Rangoon Lunatic Asylum 1893-1897 - 1893-1897
Year: 1893
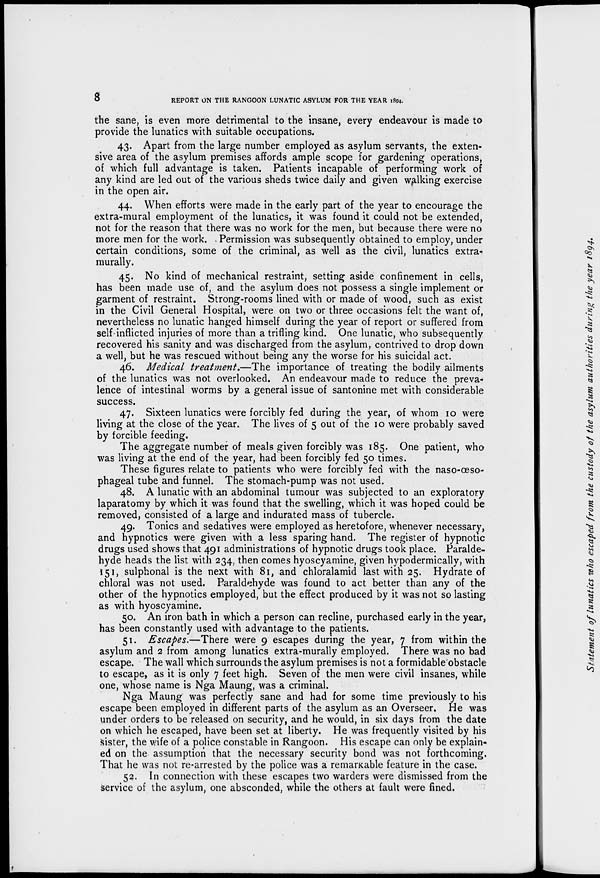
8
REPORT ON THE RANGOON LUNATIC ASYLUM FOR THE YEAR 1894.
the sane, is even more detrimental to the insane, every endeavour is made to
provide the lunatics with suitable occupations.
43. Apart from the large number employed as asylum servants, the exten-
sive area of the asylum premises affords ample scope for gardening operations,
of which full advantage is taken. Patients incapable of performing work of
any kind are led out of the various sheds twice daily and given walking exercise
in the open air.
44. When efforts were made in the early part of the year to encourage the
extra-mural employment of the lunatics, it was found it could not be extended,
not for the reason that there was no work for the men, but because there were no
more men for the work. Permission was subsequently obtained to employ, under
certain conditions, some of the criminal, as well as the civil, lunatics extra-
murally.
45. No kind of mechanical restraint, setting aside confinement in cells,
has been made use of, and the asylum does not possess a single implement or
garment of restraint. Strong-rooms lined with or made of wood, such as exist
in the Civil General Hospital, were on two or three occasions felt the want of,
nevertheless no lunatic hanged himself during the year of report or suffered from
self-inflicted injuries of more than a trifling kind. One lunatic, who subsequently
recovered his sanity and was discharged from the asylum, contrived to drop down
a well, but he was rescued without being any the worse for his suicidal act.
46. Medical treatment.—The importance of treating the bodily ailments
of the lunatics was not overlooked. An endeavour made to reduce the preva-
lence of intestinal worms by a general issue of santonine met with considerable
success.
47. Sixteen lunatics were forcibly fed during the year, of whom 10 were
living at the close of the year. The lives of 5 out of the 10 were probably saved
by forcible feeding.
The aggregate number of meals given forcibly was 185. One patient, who
was living at the end of the year, had been forcibly fed 50 times.
These figures relate to patients who were forcibly fed with the naso-œso-
phageal tube and funnel. The stomach-pump was not used.
48. A lunatic with an abdominal tumour was subjected to an exploratory
laparatomy by which it was found that the swelling, which it was hoped could be
removed, consisted of a large and indurated mass of tubercle.
49. Tonics and sedatives were employed as heretofore, whenever necessary,
and hypnotics were given with a less sparing hand. The register of hypnotic
drugs used shows that 491 administrations of hypnotic drugs took place. Paralde-
hyde heads the list with 234, then comes hyoscyamine, given hypodermically, with
151, sulphonal is the next with 81, and chloralamid last with 25. Hydrate of
chloral was not used. Paraldehyde was found to act better than any of the
other of the hypnotics employed, but the effect produced by it was not so lasting
as with hyoscyamine.
50. An iron bath in which a person can recline, purchased early in the year,
has been constantly used with advantage to the patients.
51. Escapes.—There were 9 escapes during the year, 7 from within the
asylum and 2 from among lunatics extra-murally employed. There was no bad
escape. The wall which surrounds the asylum premises is not a formidable obstacle
to escape, as it is only 7 feet high. Seven of the men were civil insanes, while
one, whose name is Nga Maung, was a criminal.
Nga Maung was perfectly sane and had for some time previously to his
escape been employed in different parts of the asylum as an Overseer. He was
under orders to be released on security, and he would, in six days from the date
on which he escaped, have been set at liberty. He was frequently visited by his
sister, the wife of a police constable in Rangoon. His escape can only be explain-
ed on the assumption that the necessary security bond was not forthcoming.
That he was not re-arrested by the police was a remarkable feature in the case.
52. In connection with these escapes two warders were dismissed from the
service of the asylum, one absconded, while the others at fault were fined.